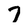
Character: 7